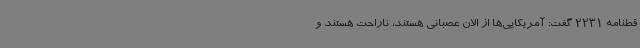
قطنامه 2231 گفت: آمریکایی‌ها از الان عصبانی هستند، ناراحت هستند و